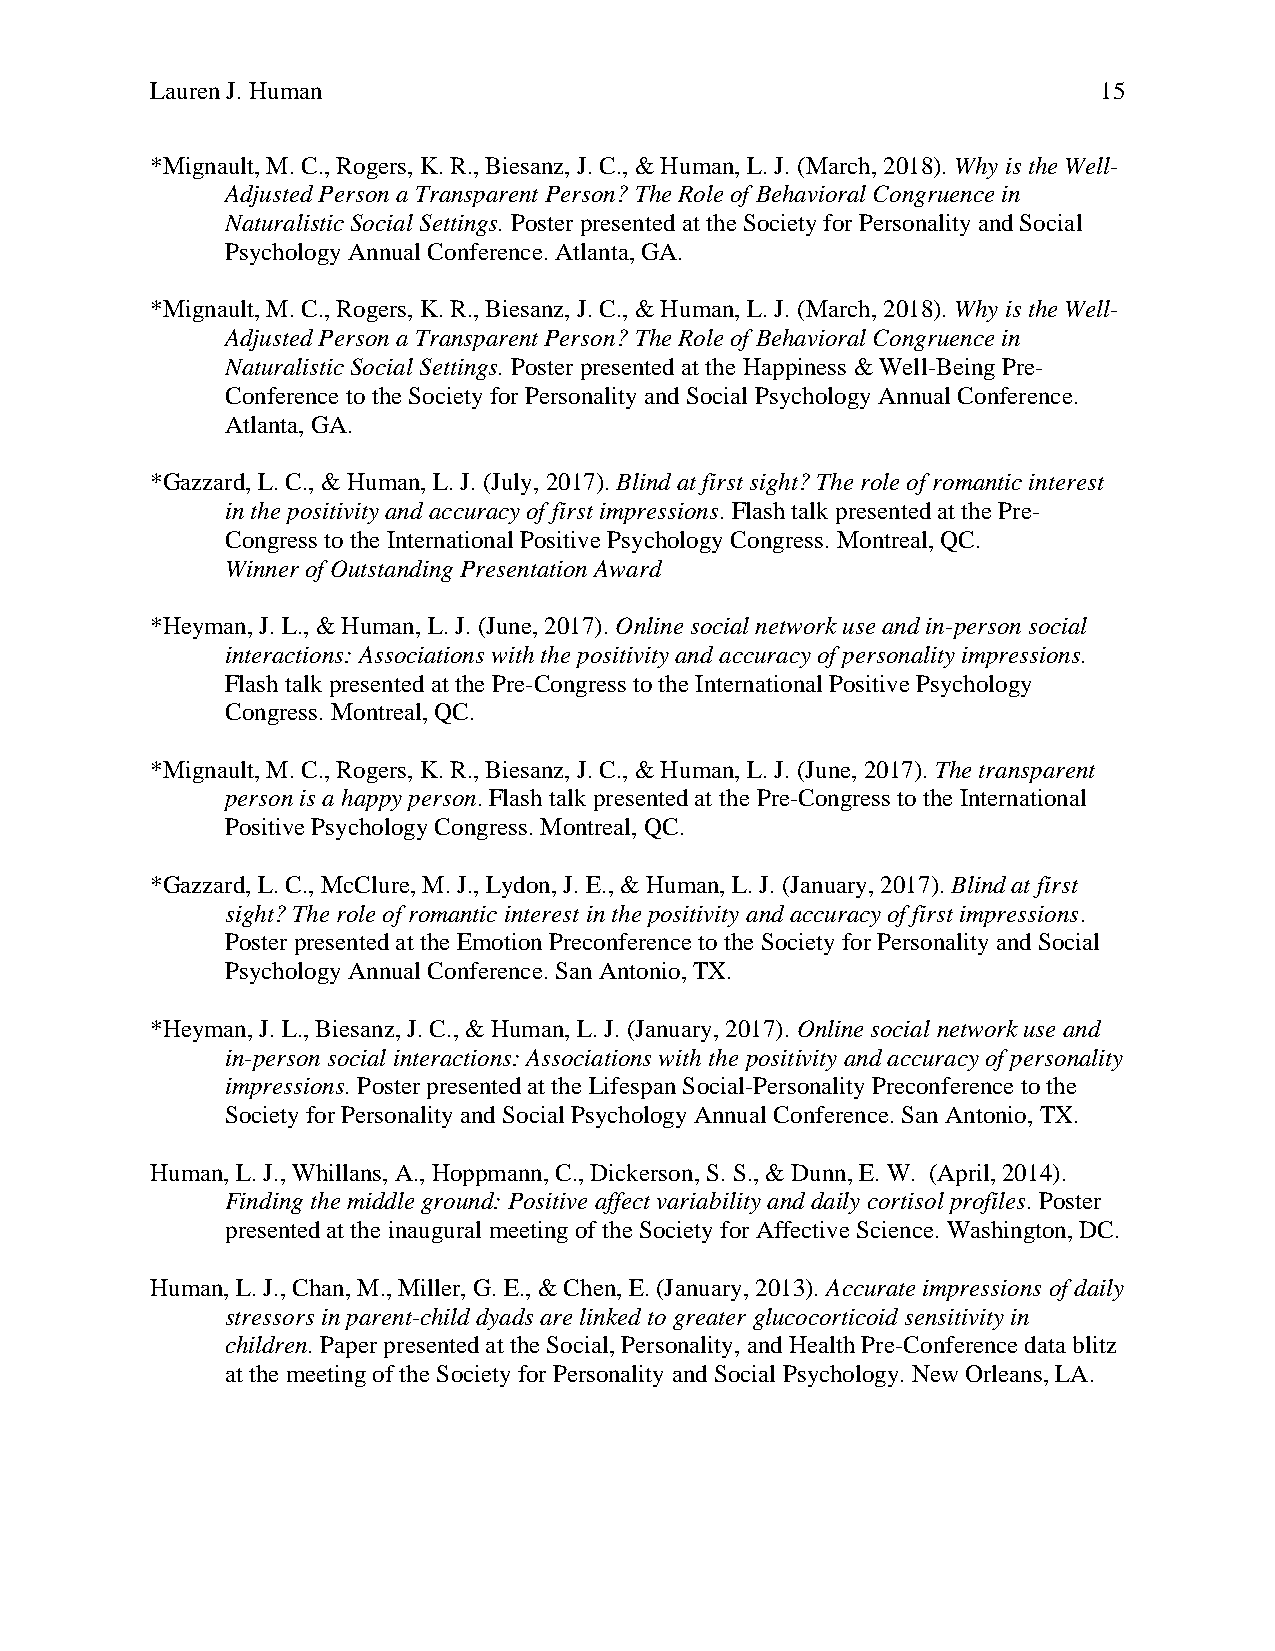
Lauren J. Human                                                15
 *Mignault, M. C., Rogers, K. R., Biesanz, J. C., & Human, L. J. (March, 2018). Why is the Well-
 Adjusted Person a Transparent Person? The Role of Behavioral Congruence in
 Naturalistic Social Settings. Poster presented at the Society for Personality and Social
 Psychology Annual Conference. Atlanta, GA.
 *Mignault, M. C., Rogers, K. R., Biesanz, J. C., & Human, L. J. (March, 2018). Why is the Well-
 Adjusted Person a Transparent Person? The Role of Behavioral Congruence in
 Naturalistic Social Settings. Poster presented at the Happiness & Well-Being Pre-
 Conference to the Society for Personality and Social Psychology Annual Conference.
 Atlanta, GA.
 *Gazzard, L. C., & Human, L. J. (July, 2017). Blind at first sight? The role of romantic interest
 in the positivity and accuracy of first impressions. Flash talk presented at the Pre-
 Congress to the International Positive Psychology Congress. Montreal, QC.
 Winner of Outstanding Presentation Award
 *Heyman, J. L., & Human, L. J. (June, 2017). Online social network use and in-person social
 interactions: Associations with the positivity and accuracy of personality impressions.
 Flash talk presented at the Pre-Congress to the International Positive Psychology
 Congress. Montreal, QC.
 *Mignault, M. C., Rogers, K. R., Biesanz, J. C., & Human, L. J. (June, 2017). The transparent
 person is a happy person. Flash talk presented at the Pre-Congress to the International
 Positive Psychology Congress. Montreal, QC.
 *Gazzard, L. C., McClure, M. J., Lydon, J. E., & Human, L. J. (January, 2017). Blind at first
 sight? The role of romantic interest in the positivity and accuracy of first impressions.
 Poster presented at the Emotion Preconference to the Society for Personality and Social
 Psychology Annual Conference. San Antonio, TX.
 *Heyman, J. L., Biesanz, J. C., & Human, L. J. (January, 2017). Online social network use and
 in-person social interactions: Associations with the positivity and accuracy of personality
 impressions. Poster presented at the Lifespan Social-Personality Preconference to the
 Society for Personality and Social Psychology Annual Conference. San Antonio, TX.
 Human, L. J., Whillans, A., Hoppmann, C., Dickerson, S. S., & Dunn, E. W. (April, 2014).
 Finding the middle ground: Positive affect variability and daily cortisol profiles. Poster
 presented at the inaugural meeting of the Society for Affective Science. Washington, DC.
 Human, L. J., Chan, M., Miller, G. E., & Chen, E. (January, 2013). Accurate impressions of daily
 stressors in parent-child dyads are linked to greater glucocorticoid sensitivity in
 children. Paper presented at the Social, Personality, and Health Pre-Conference data blitz
 at the meeting of the Society for Personality and Social Psychology. New Orleans, LA.